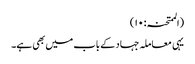
(الممتحنہ: ۱۰)
یہی معاملہ جہاد کے باب میں بھی ہے۔